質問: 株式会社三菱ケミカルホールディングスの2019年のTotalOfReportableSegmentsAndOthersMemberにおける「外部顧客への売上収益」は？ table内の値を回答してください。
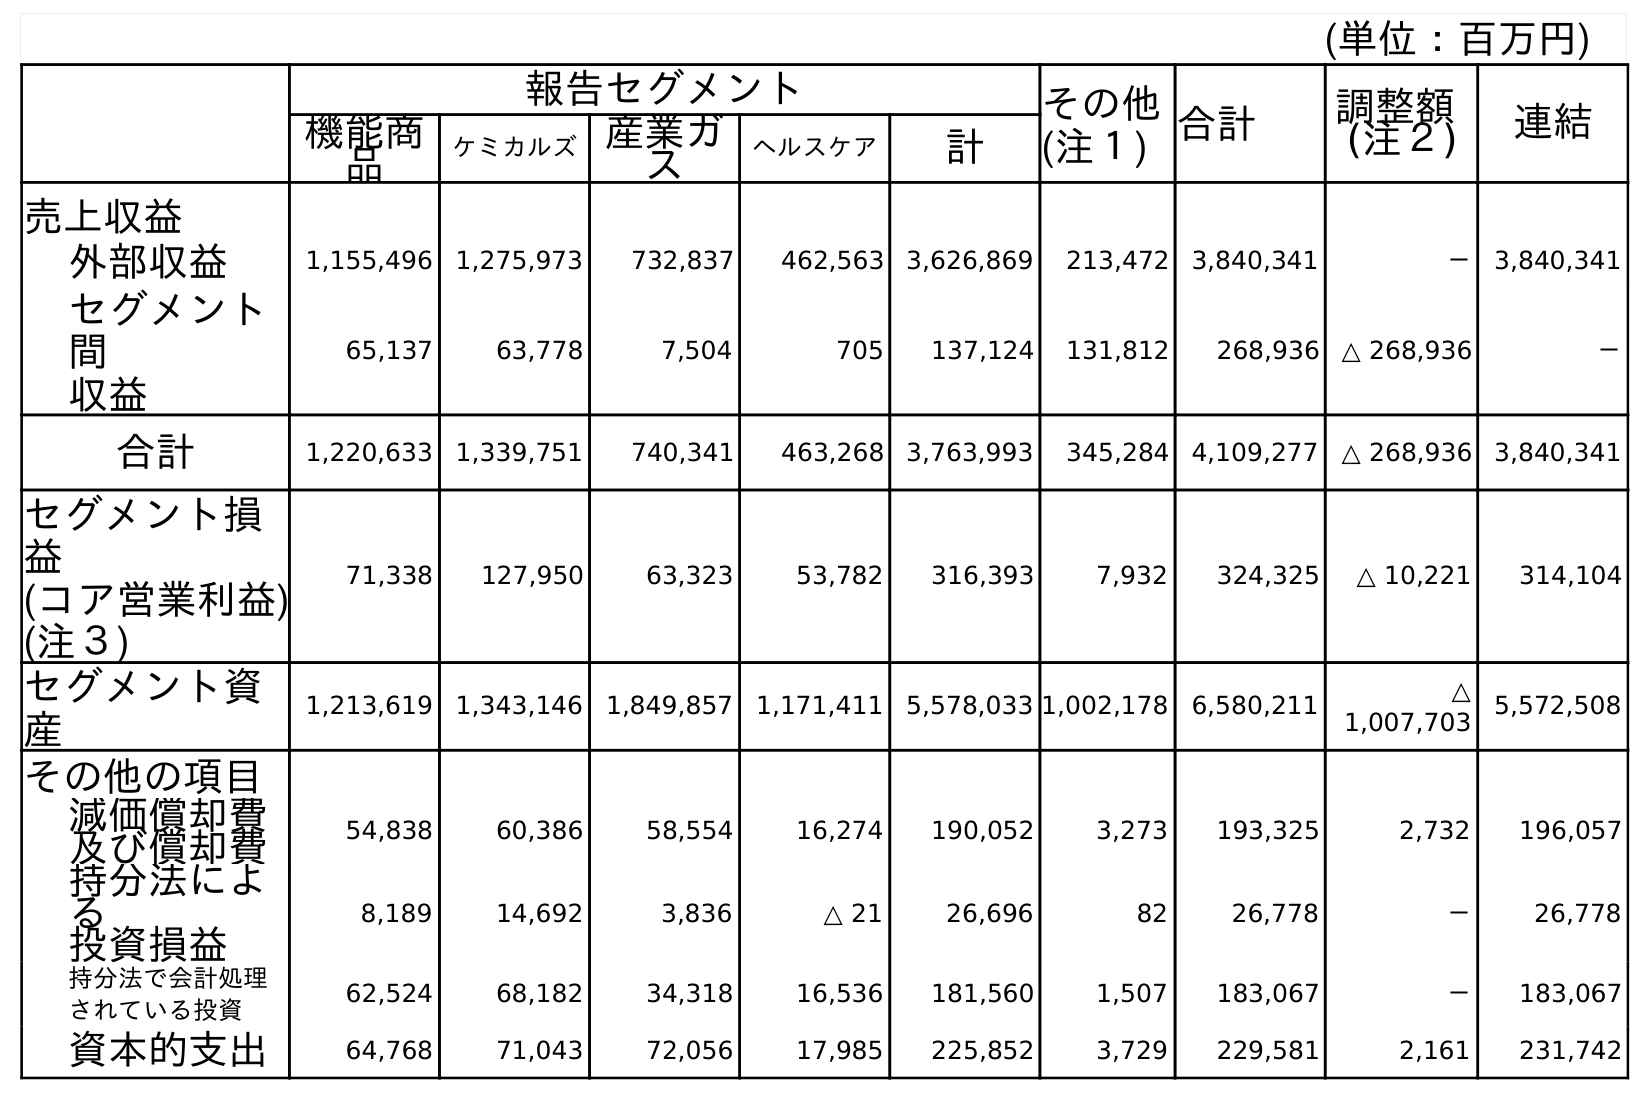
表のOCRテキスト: (単位：百万円) 報告セグメント その他 (注１) 合計 調整額 (注２) 連結 機能商 品 ケミカルズ産業ガ ス ヘルスケア 計 売上収益 外部収益 1,155,496 1,275,973 732,837 462,563 3,626,869 213,472 3,840,341 － 3,840,341 セグメント 間 収益 65,137 63,778 7,504 705 137,124 131,812 268,936 △ 268,936 － 合計 1,220,633 1,339,751 740,341 463,268 3,763,993 345,284 4,109,277 △ 268,936 3,840,341 セグメント損 益 (コア営業利益) (注３) 71,338 127,950 63,323 53,782 316,393 7,932 324,325 △ 10,221 314,104 セグメント資 産 1,213,619 1,343,146 1,849,857 1,171,411 5,578,033 1,002,178 6,580,211 △ 1,007,703 5,572,508 その他の項目 減価償却費 及び償却費 54,838 60,386 58,554 16,274 190,052 3,273 193,325 2,732 196,057 持分法によ る 投資損益 8,189 14,692 3,836 △ 21 26,696 82 26,778 － 26,778 持分法で会計処理 されている投資 62,524 68,182 34,318 16,536 181,560 1,507 183,067 － 183,067 資本的支出 64,768 71,043 72,056 17,985 225,852 3,729 229,581 2,161 231,742
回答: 3,840,341